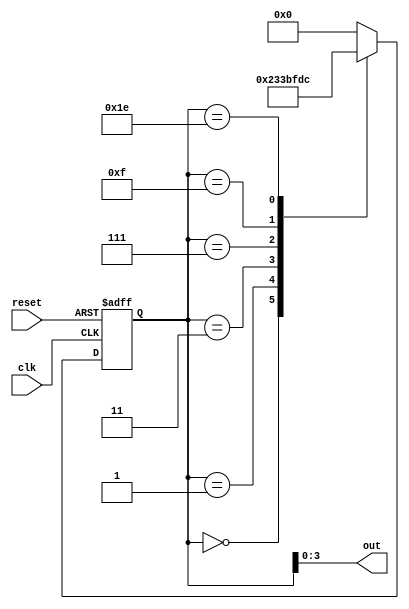
module johnsonCounter (
  input clk,
  input reset,
  output reg [3:0] out
);

reg [4:0] state;

always @(posedge clk or posedge reset) begin
  if (reset) begin
    state <= 5'b00000;
  end else begin
    case(state)
      5'b00000: begin
        state <= 5'b00001;
      end
      5'b00001: begin
        state <= 5'b00011;
      end
      5'b00011: begin
        state <= 5'b00111;
      end
      5'b00111: begin
        state <= 5'b01111;
      end
      5'b01111: begin
        state <= 5'b11110;
      end
      5'b11110: begin
        state <= 5'b11100;
      end
      default: begin
        state <= 5'b00000;
      end
    endcase
  end
end

assign out = state[3:0];

endmodule